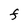
Character: F